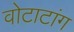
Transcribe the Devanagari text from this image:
वोटाटांग